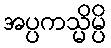
အပ္ပကသ္မိမ္ပိ